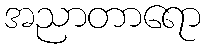
အညာတာရော